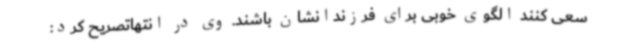
سعی کنند الگوی خوبی برای فرزندانشان باشند. وی در انتهاتصریح کرد: